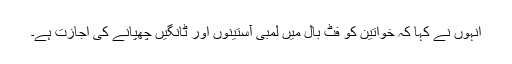
انہوں نے کہا کہ خواتین کو فٹ بال میں لمبی آستینوں اور ٹانگیں چھپانے کی اجازت ہے۔